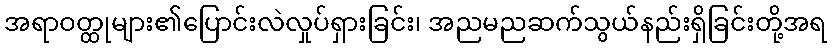
အရာဝတ္ထုများ၏ပြောင်းလဲလှုပ်ရှားခြင်း၊ အညမညဆက်သွယ်နည်းရှိခြင်းတို့အရ